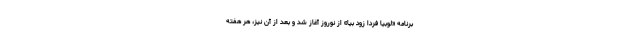
برنامه «لوبیا فردا زود بیا» از نوروز آغاز شد و بعد از آن نیز، هر هفته